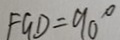
F G D = 9 0 ^ { \circ }